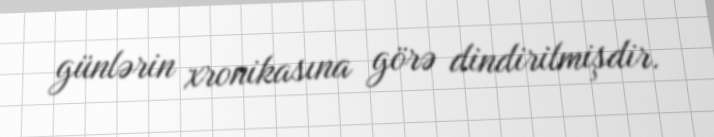
günlərin xronikasına görə dindirilmişdir.